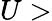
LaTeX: U>